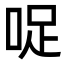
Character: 哫